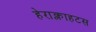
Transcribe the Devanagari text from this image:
हेराक्लाहटस